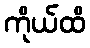
ကိုယ်ထိ